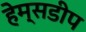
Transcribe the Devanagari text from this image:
हेम्सडीप